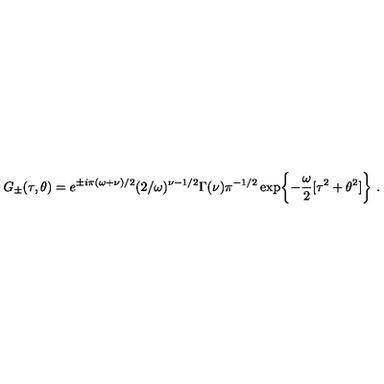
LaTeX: G _ { \pm } ( \tau , \theta ) = e ^ { \pm i \pi ( \omega + \nu ) / 2 } ( 2 / \omega ) ^ { \nu - 1 / 2 } \Gamma ( \nu ) \pi ^ { - 1 / 2 } \exp \biggl \{ - \frac { \omega } { 2 } [ \tau ^ { 2 } + \theta ^ { 2 } ] \biggr \} \ .